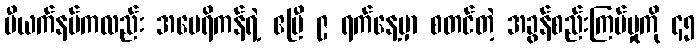
ဗီယက်နမ်ကလည်း အမေရိကန်ရဲ့ ဧပြီ ၉ ရက်နေ့မှာ စတင်တဲ့ အခွန်စည်းကြပ်မှုကို ၄၅